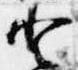
登